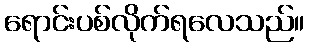
ရောင်းပစ်လိုက်ရလေသည်။